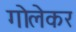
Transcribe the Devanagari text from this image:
गोलेकर